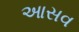
આસવ